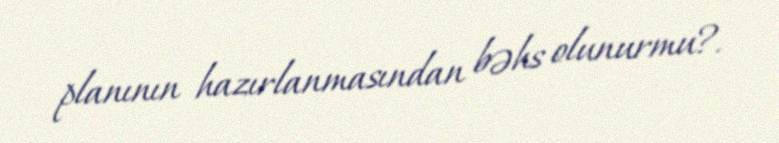
planının hazırlanmasından bəhs olunurmu?.